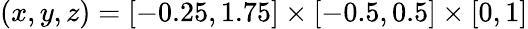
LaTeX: (x,y,z)=[-0.25,1.75]\times[-0.5,0.5]\times[0,1]